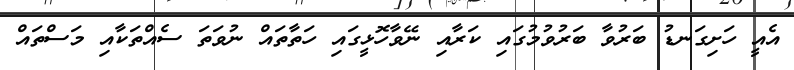
އެއީ ހަށިގަނޑު ބަރުވާ ބަރުވުމުގައި ކަރާއި ނޭވާހޮޅީގައި ހަތާތައް ނުވަތަ ސެއްތަކާއި މަސްތައް